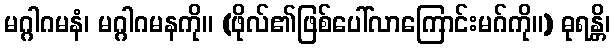
မဂ္ဂါဂမနံ၊ မဂ္ဂါဂမနကို။ (ဖိုလ်၏ဖြစ်ပေါ်လာကြောင်းမဂ်ကို။) ဓုရန္တိ၊